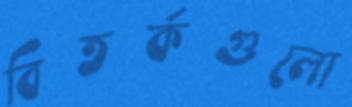
বিতর্কগুলো